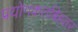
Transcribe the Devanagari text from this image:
प्रयोगकर्ताबेहतर